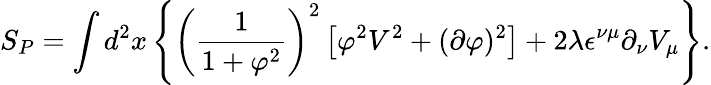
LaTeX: S_{P}=\int d^{2}x\left\{ \left(\frac{1}{1+\varphi^{2}}\right)^{2}\left[\varphi^{2}V^{2}+(\partial\varphi)^{2}\right]+2\lambda\epsilon^{\nu\mu}\partial_{\nu}V_{\mu}\right\} .